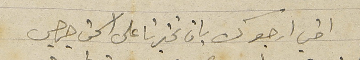
اخي ارجوك بان تخبرنا على اسحق جرجس